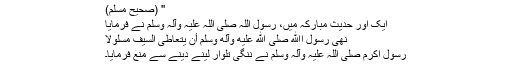
'' (صحیح مسلم)
ایک اور حدیث مبارکہ میں، رسول اللہ صلی اللہ علیہ وآلہ وسلم نے فرمایا
نَهَی رَسُولُ اﷲِ صلی الله عليه وآله وسلم أَنْ يُتَعَاطَی السَّيْفُ مَسْلُولًا
رسول اکرم صلی اللہ علیہ وآلہ وسلم نے ننگی تلوار لینے دینے سے منع فرمایا۔